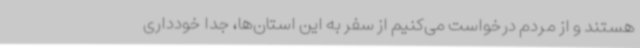
هستند و از مردم درخواست می‌کنیم از سفر به این استان‌ها، جداً خودداری